Report on inoculation in the plague infected areas of the Punjab and its dependencies from October 1900 to September 1901
Year: 1900
Disease focus: Plague
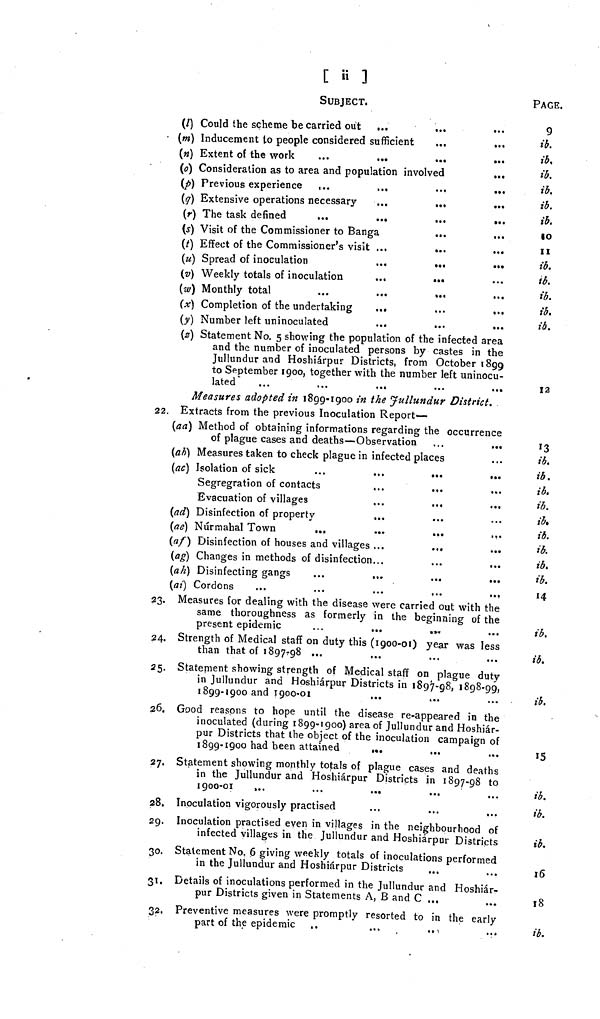
[ ii ]
SUBJECT.
(l) Could the scheme be carried out ...
...
...
(m) Inducement to people considered sufficient
(n) Extent of the work
...
...
...
...
(0) Consideration as to area and population involved
...
(p) Previous experience
...
...
.,,
...
(q) Extensive operations necessary
...
...
...
(r) The task defined
...
...
...
...
(s) Visit of the Commissioner to Banga
(t) Effect of the Commissioner's visit ...
...
...
(u) Spread of inoculation
...
...
...
(v) Weekly totals of inoculation
...
...
(w) Monthly total
...
...
...
(x) Completion of the undertaking
...
...
,..
(y) Number left uninoculated
(z) Statement No. 5 showing the population of the infected area
and the number of inoculated persons by castes in the
Jullundur and Hoshiárpur Districts, from October 1899
to September 1900, together with the number left uninocu-
lated
Measures adopted in 1899-1900 in the Jullundur District.
22. Extracts from the previous Inoculation Report—
(aa) Method of obtaining informations regarding the occurrence
of plague cases and deaths—Observation
...
...
(ab) Measures taken to check plague in infected places
(ac) Isolation of sick
...
...
...
...
Segregration of contacts
...
...
Evacuation of villages
...
...
...
(ad) Disinfection of property
(ae) Núrmahal Town
...
(af) Disinfection of houses and villages ...
..,
...
(ag) Changes in methods of disinfection...
(ah) Disinfecting gangs
...
...
...
...
(ai) Cordons
...
...
...
,..
23. Measures for dealing with the disease were carried out with the
same thoroughness as formerly in the beginning of the
present epidemic
...
...
24. Strength of Medical staff on duty this (1900-01) year was less
than that of 1897-98 ...
25. Statement showing strength of Medical staff on plague duty
in Jullundur and Hoshiárpur Districts in 1897-98, 1898-99,
1899-1900 and 1900-01
26. Good reasons to hope until the disease re-appeared in the
inoculated (during 1899-1900) area of Jullundur and Hoshiár-
pur Districts that the object of the inoculation campaign of
1899-1900 had been attained
...
27. Statement showing monthly totals of plague cases and deaths
in the Jullundur and Hoshiárpur Districts in 1897-98 to
1900-01
...
...
...
28. Inoculation vigorously practised
29. Inoculation practised even in villages in the neighbourhood of
infected villages in the Jullundur and Hoshiarpur Districts
30. Statement No. 6 giving weekly totals of inoculations performed
in the Jullundur and Hoshiárpur Districts
31. Details of inoculations performed in the Jullundur and Hoshiár-
pur Districts given in Statements A, B and C ...
32. Preventive measures were promptly resorted to in the early
part of the epidemic ..
...
...
PAGE.
9
ib.
ib.
ib.
ib.
ib.
ib.
10
11
ib.
ib.
ib.
ib.
ib.
12
13
ib.
ib.
ib.
ib.
ib.
ib.
ib.
ib.
ib.
14
ib.
ib.
ib.
15
ib.
ib.
ib.
16
18
ib.